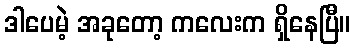
ဒါပေမဲ့ အခုတော့ ကလေးက ရှိနေပြီ။